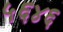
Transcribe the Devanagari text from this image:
५६४६